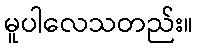
မူပါလေသတည်း။